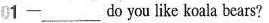
01 -____do you like koala bears?